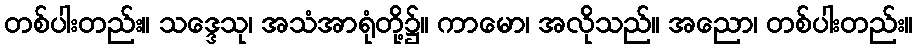
တစ်ပါးတည်း။ သဒ္ဒေသု၊ အသံအာရုံတို့၌။ ကာမော၊ အလိုသည်။ အညော၊ တစ်ပါးတည်း။